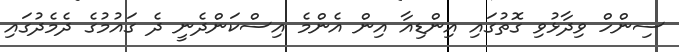
ސިންހް ވިދާޅުވި ގޮތުގައި އިންޑިއާ އިން އެންމެ އިސްކަންދެނީ ދެ ގައުމުގެ ދެމެދުގައި